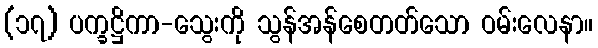
(၁၇) ပက္ခဋ္ဌိကာ-သွေးကို သွန်အန်စေတတ်သော ဝမ်းလေနာ။